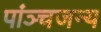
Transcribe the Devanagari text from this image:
पांञ्चजन्य